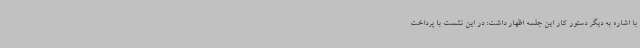
با اشاره به دیگر دستور کار این جلسه اظهار داشت: در این نشست با پرداخت